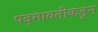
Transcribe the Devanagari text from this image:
पद्मावतीकडून